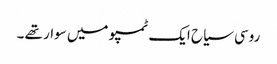
روسی سیاح ایک ٹمپو میں سوار تھے ۔